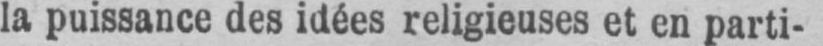
la puissance des idées religieuses et en parti-